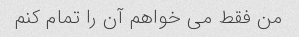
من فقط می خواهم آن را تمام کنم